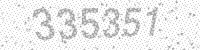
Solution: 335351